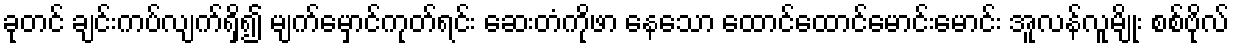
ခုတင် ချင်းကပ်လျက်ရှိ၍ မျက်မှောင်ကုတ်ရင်း ဆေးတံကိုဖာ နေသော ထောင်ထောင်မောင်းမောင်း အူလန်လူမျိုး စစ်ဗိုလ်